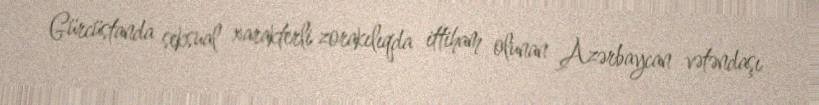
Gürcüstanda seksual xarakterli zorakılıqda ittiham olunan Azərbaycan vətəndaşı